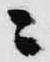
ニ